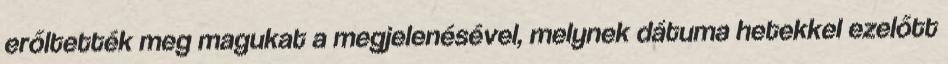
erőltették meg magukat a megjelenésével, melynek dátuma hetekkel ezelőtt